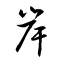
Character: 岸